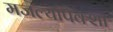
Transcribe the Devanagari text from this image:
मजल्यांपेक्शा